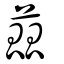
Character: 蓏